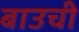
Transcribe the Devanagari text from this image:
बाउची